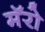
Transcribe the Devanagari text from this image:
मॅरो